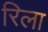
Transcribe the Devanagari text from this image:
रिला